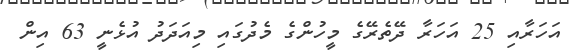
އަހަރާއި 25 އަހަރާ ދޭތެރޭގެ މީހުންގެ މެދުގައި މިއަދަދު އުޅެނީ 63 އިން